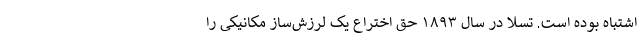
اشتباه بوده است. تسلا در سال ۱۸۹۳ حق اختراع یک لرزش‌ساز مکانیکی را